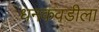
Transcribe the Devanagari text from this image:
धनकवडीला